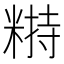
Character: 𥻣